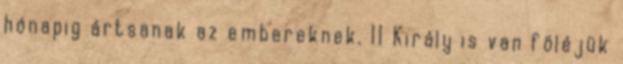
hónapig ártsanak az embereknek. 11 Király is van föléjük